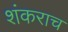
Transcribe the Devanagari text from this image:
शंकराच